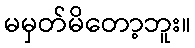
မမှတ်မိတော့ဘူး။